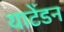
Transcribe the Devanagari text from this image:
याटेंडन